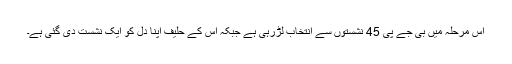
اِس مرحلہ میں بی جے پی 45 نشستوں سے انتخاب لڑرہی ہے جبکہ اس کے حلیف اپنا دل کو ایک نشست دی گئی ہے۔